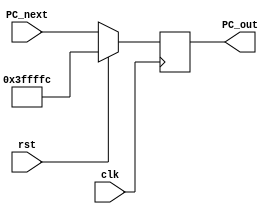
`timescale 1ns / 1ps
/*
**  UCSD CSE141L Lab2 Answer Module
** -------------------------------------------------------------------
**
*/

module pc (
			input clk,
			input rst,
			input [31:0]PC_next,
			//input branch,
			output [31:0] PC_out
			);
			
			reg [31:0] PC_reg;
			//reg [31:0] Branch_PC_reg;
			
			parameter [31:0] rst_value = 32'h003FFFFC;
			
			initial PC_reg = rst_value;
			assign PC_out = PC_reg;
			
			always @(posedge clk)
			begin
				if(rst)
					begin
						PC_reg <= rst_value;
					end
				else PC_reg <= PC_next;
			end
			
			/*always @(*) begin
				if(branch) begin
					Branch_PC_reg = PC_next;
				end
			end*/
endmodule